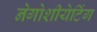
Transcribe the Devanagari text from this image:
नेगोशीयेटिंग